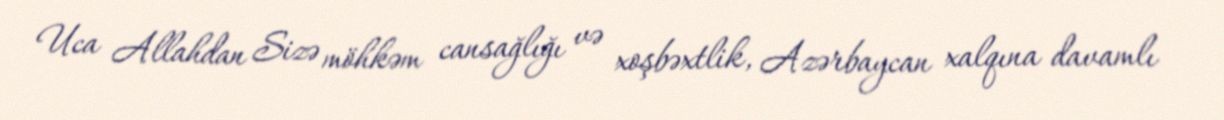
Uca Allahdan Sizə möhkəm cansağlığı və xoşbəxtlik, Azərbaycan xalqına davamlı